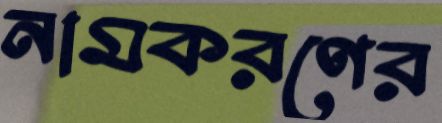
নামকরণের